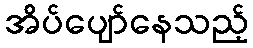
အိပ်ပျော်နေသည့်